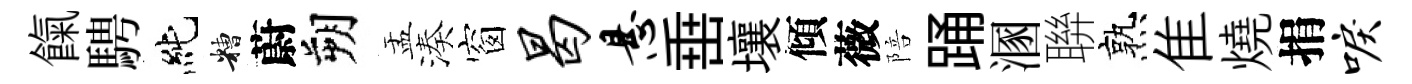
餼騁純糟蔚朔盂湊窗曷悬𡸁壤傾薇陪踊溷聨熟隹燒捐唳